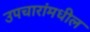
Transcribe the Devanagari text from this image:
उपचारांमधील